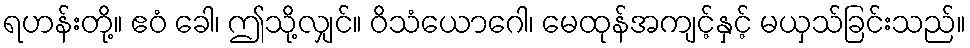
ရဟန်းတို့။ ဧဝံ ခေါ၊ ဤသို့လျှင်။ ဝိသံယောဂေါ၊ မေထုန်အကျင့်နှင့် မယှသ်ခြင်းသည်။